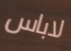
لاباس